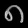
Digit: ၈